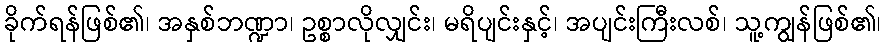
ခိုက်ရန်ဖြစ်၏၊ အနှစ်ဘဏ္ဍာ၊ ဥစ္စာလိုလျှင်း၊ မရိပျင်းနှင့်၊ အပျင်းကြီးလစ်၊ သူ့ကျွန်ဖြစ်၏၊